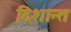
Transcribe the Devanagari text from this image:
दिशान्त